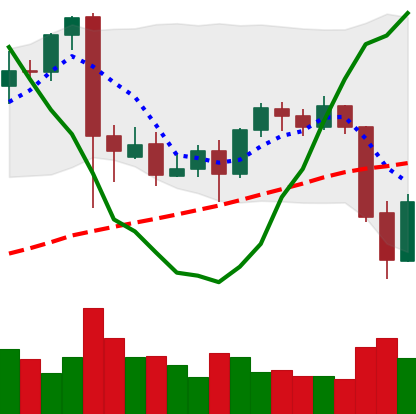
Ticker: BTC-USD
Chart end date: 2021-09-22
Forward return: -3.072%
Label: down_3_5